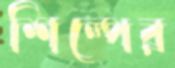
শিল্পের